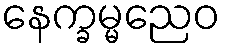
နေက္ခမ္မညေဝ